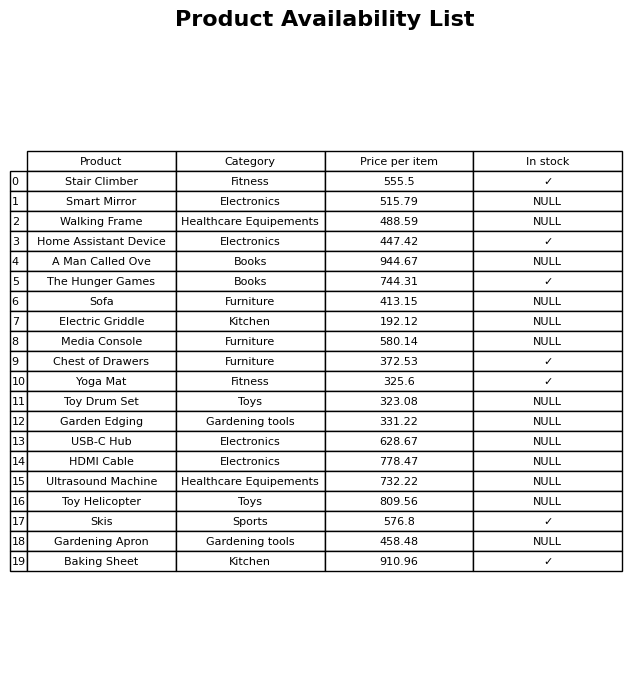
question: What is the stock status of the Skis?
answer: ✓